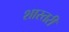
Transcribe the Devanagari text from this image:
शास्तरी